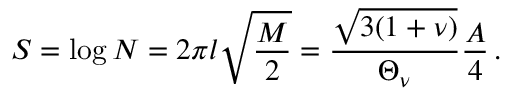
S = \log { \cal N } = 2 \pi l \sqrt { \frac { M } { 2 } } = \frac { \sqrt { 3 ( 1 + \nu ) } } { \Theta _ { \nu } } \frac { A } { 4 } \, .